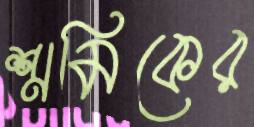
শ্রমিকের